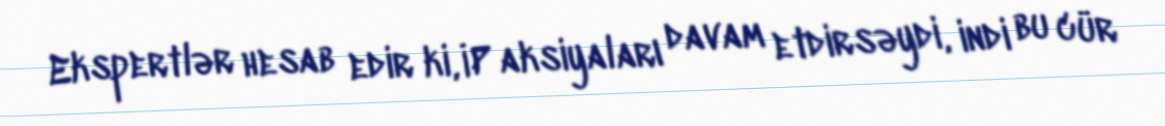
Ekspertlər hesab edir ki, İP aksiyaları davam etdirsəydi, indi bu cür